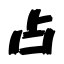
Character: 占